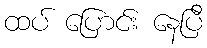
ထပ် ပြောင်း နေပြီ